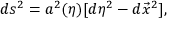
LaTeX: d s ^ { 2 } = a ^ { 2 } ( \eta ) [ d \eta ^ { 2 } - d \vec { x } ^ { 2 } ] ,